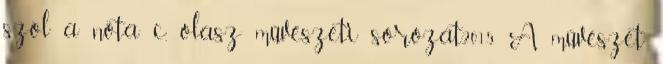
szól a nóta c. olasz művészeti sorozat,2015 A művészet